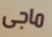
ماجى